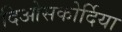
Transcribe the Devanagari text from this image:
दिओसकोर्दिया